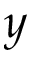
y